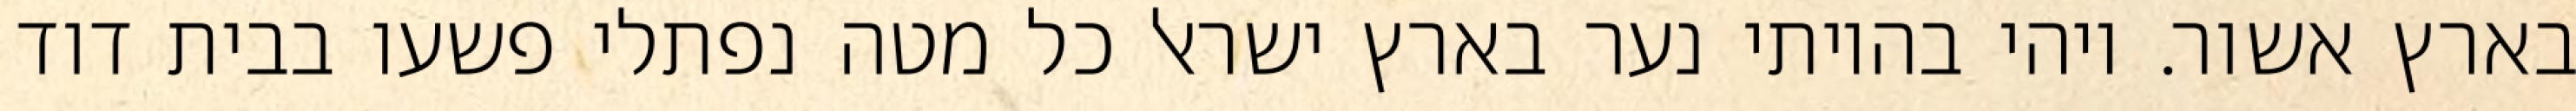
בארץ אשור. ויהי בהיותי נער בארץ ישראל כל מטה נפתלי פשעו בבית דוד